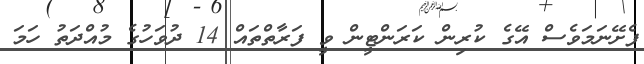
ފެށޭނަމަވެސް އޭގެ ކުރިން ކަރަންޓީން ވީ ފަރާތްތައް 14 ދުވަހުގެ މުއްދަތު ހަމަ